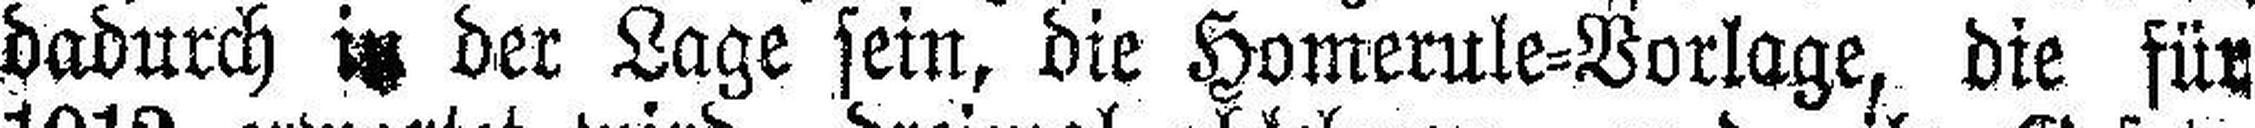
dadurch in der Lage sein, die Homerule=Vorlage, die für